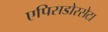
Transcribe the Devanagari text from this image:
एपिसडोरसेटा